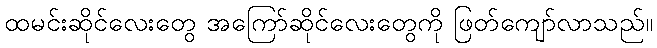
ထမင်းဆိုင်လေးတွေ အကြော်ဆိုင်လေးတွေကို ဖြတ်ကျော်လာသည်။